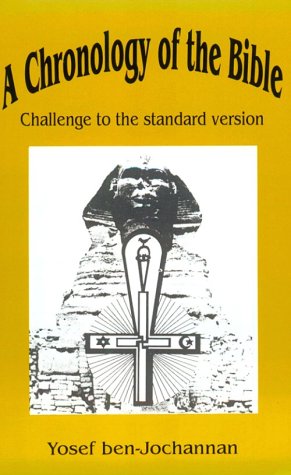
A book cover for A Chronology of the Bible: Challenge to the Standard Version; Yosef Ben-Jochannan; Reference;